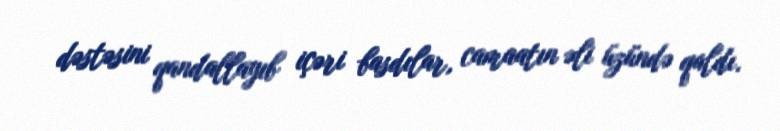
dəstəsini qandallayıb içəri basdılar, camaatın əli üzündə qaldı.